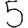
Digit: 5